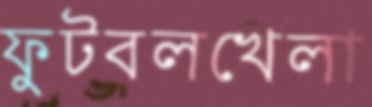
ফুটবলখেলা